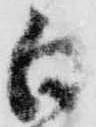
白